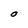
Character: O